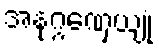
အနုဂ္ဂဏှေယျုံ